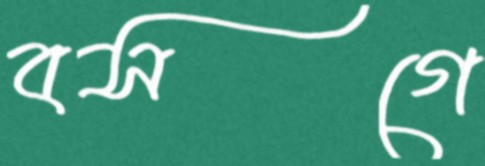
বসগে